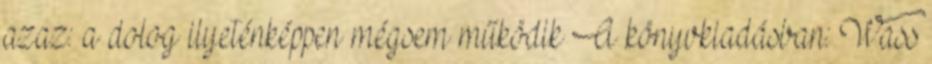
azaz: a dolog ilyeténképpen mégsem működik A könyvkiadásban: Wass